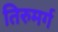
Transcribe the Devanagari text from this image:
तिरुमर्ग